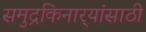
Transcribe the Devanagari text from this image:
समुद्रकिनार्‍यांसाठी